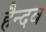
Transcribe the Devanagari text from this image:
हैन्दव